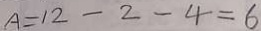
A = 1 2 - 2 - 4 = 6